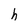
Character: h